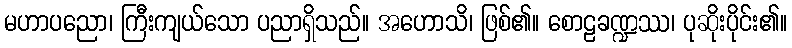
မဟာပညော၊ ကြီးကျယ်သော ပညာရှိသည်။ အဟောသိ၊ ဖြစ်၏။ စောဠခဏ္ဍဿ၊ ပုဆိုးပိုင်း၏။